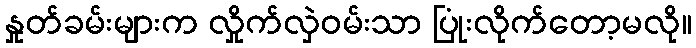
နှုတ်ခမ်းများက လှိုက်လှဲဝမ်းသာ ပြုံးလိုက်တော့မလို။